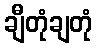
ချီတုံချတုံ